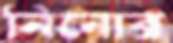
নিনোর